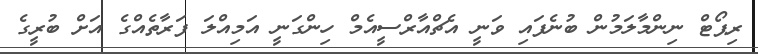
ރިޕޯޓް ނިންމާލަމުން ބުނެފައި ވަނީ އެޗްއާރްސީއެމް ހިންގަނީ އަމިއްލަ ފަރާތެއްގެ އަށް ބުރީގެ